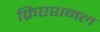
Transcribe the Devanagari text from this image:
क्रिएशनल